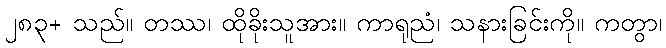
၂၈၃+ သည်။ တဿ၊ ထိုခိုးသူအား။ ကာရုညံ၊ သနားခြင်းကို။ ကတွာ၊